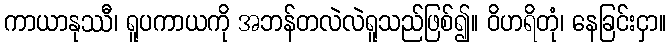
ကာယာနုဿီ၊ ရူပကာယကို အဘန်တလဲလဲရူသည်ဖြစ်၍။ ဝိဟရိတုံ၊ နေခြင်းငှာ။